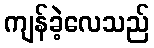
ကျန်ခဲ့လေသည်